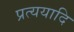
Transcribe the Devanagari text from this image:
प्रत्ययादि